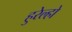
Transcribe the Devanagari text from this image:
हुरेल्हो